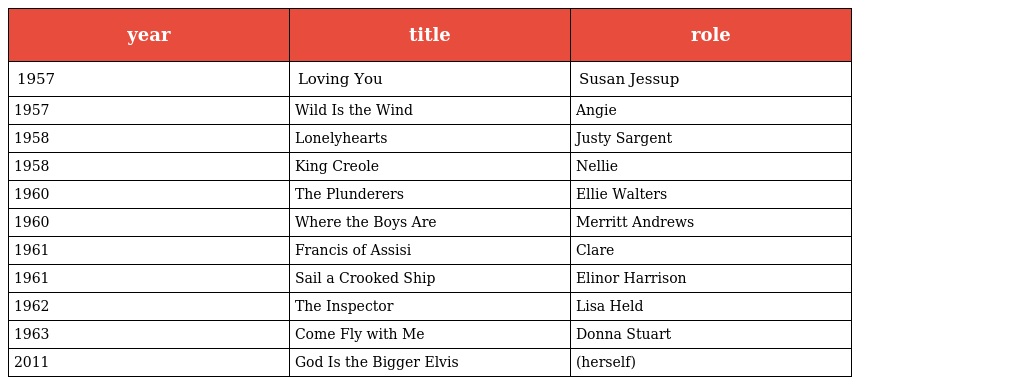
| year | title | role |
 | --- | --- | --- |
 | 1957 | Loving You | Susan Jessup |
 | 1957 | Wild Is the Wind | Angie |
 | 1958 | Lonelyhearts | Justy Sargent |
 | 1958 | King Creole | Nellie |
 | 1960 | The Plunderers | Ellie Walters |
 | 1960 | Where the Boys Are | Merritt Andrews |
 | 1961 | Francis of Assisi | Clare |
 | 1961 | Sail a Crooked Ship | Elinor Harrison |
 | 1962 | The Inspector | Lisa Held |
 | 1963 | Come Fly with Me | Donna Stuart |
 | 2011 | God Is the Bigger Elvis | (herself) |